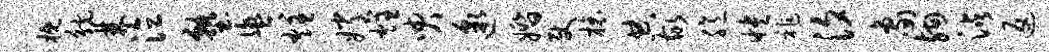
概觥棘泣塾盥炷嫦炷臾邈婚使榱典故臆怏祚汐象殉沾返